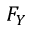
F _ { Y }